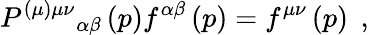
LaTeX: P^{(\mu)\mu\nu}{}_{\alpha\beta}\left(p\right)f^{\alpha\beta}\left(p\right)=f^{\mu\nu}\left(p\right)\; \, ,